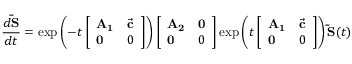
\frac { d \mathbf { \widetilde { S } } } { d t } = \exp \left( - t \left[ \begin{array} { l l } { \mathbf { A _ { 1 } } } & { \vec { \mathbf c } } \\ { \mathbf 0 } & { 0 } \end{array} \right] \right) \left[ \begin{array} { l l } { \mathbf { A _ { 2 } } } & { \mathbf 0 } \\ { \mathbf 0 } & { 0 } \end{array} \right] \mathrm { e x p } \left( t \left[ \begin{array} { l l } { \mathbf { A _ { 1 } } } & { \vec { \mathbf c } } \\ { \mathbf 0 } & { 0 } \end{array} \right] \right) \mathbf { \widetilde S } ( t )